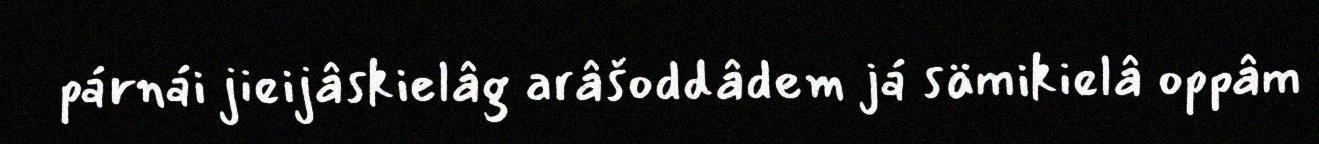
párnái jieijâskielâg arâšoddâdem já sämikielâ oppâm